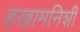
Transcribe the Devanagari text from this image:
हखामनिशी